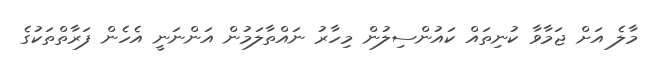
މާލެ އަށް ޖަމާވާ ކުނިތައް ކައުންސިލުން މިހާރު ނައްތާލަމުން އަންނަނީ އެހެން ފަރާތްތަކުގެ